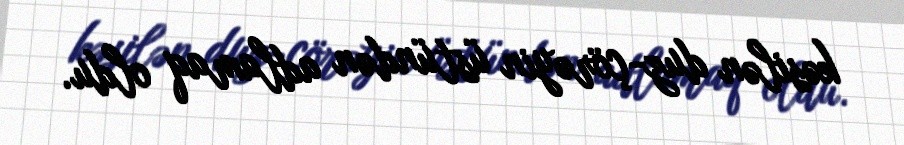
kəsilən duz-çörəyin üstündən adlamaq oldu.